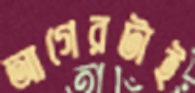
আগেরটাই